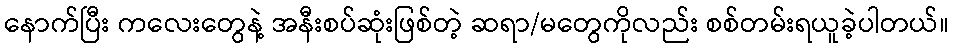
နောက်ပြီး ကလေးတွေနဲ့ အနီးစပ်ဆုံးဖြစ်တဲ့ ဆရာ/မတွေကိုလည်း စစ်တမ်းရယူခဲ့ပါတယ်။